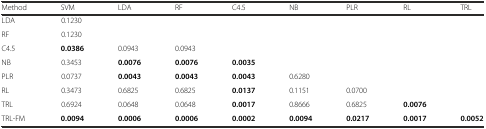
| Method | SVM | LDA | RF | C4.5 | NB | PLR | RL | TRL |
 | --- | --- | --- | --- | --- | --- | --- | --- | --- |
 | LDA | 0.1230 |  |  |  |  |  |  |  |
 | RF | 0.1230 |  |  |  |  |  |  |  |
 | C4.5 | 0.0386 | 0.0943 | 0.0943 |  |  |  |  |  |
 | NB | 0.3453 | 0.0076 | 0.0076 | 0.0035 |  |  |  |  |
 | PLR | 0.0737 | 0.0043 | 0.0043 | 0.0043 | 0.6280 |  |  |  |
 | RL | 0.3473 | 0.6825 | 0.6825 | 0.0137 | 0.1151 | 0.0700 |  |  |
 | TRL | 0.6924 | 0.0648 | 0.0648 | 0.0017 | 0.8666 | 0.6825 | 0.0076 |  |
 | TRL-FM | 0.0094 | 0.0006 | 0.0006 | 0.0002 | 0.0094 | 0.0217 | 0.0017 | 0.0052 |